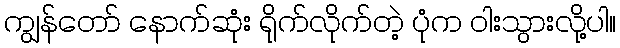
ကျွန်တော် နောက်ဆုံး ရိုက်လိုက်တဲ့ ပုံက ဝါးသွားလို့ပါ။